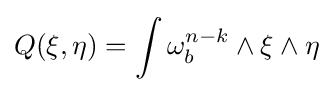
Q(\xi ,\eta )=\int \omega _{b}^{n-k}\wedge \xi \wedge \eta